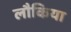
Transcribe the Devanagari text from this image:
लौकिया